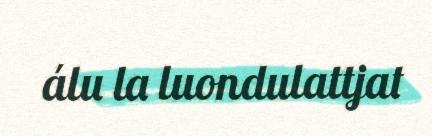
álu la luondulattjat